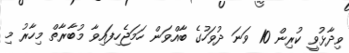
ވިދާޅުވީ ކުރިން 10 ވަނަ ދުވަހުގެ ބާއްވަން ހަމަޖެހިފައިވާ މުބާރާތް މިހާރު މި